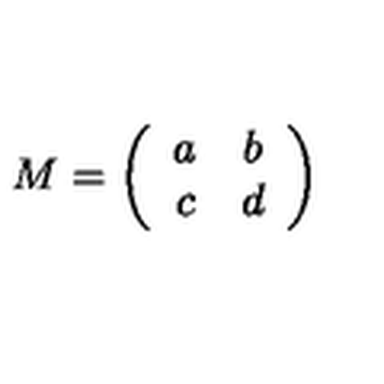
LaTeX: M = \left( \begin{array} { c c } { a } & { b } \\ { c } & { d } \\ \end{array} \right)